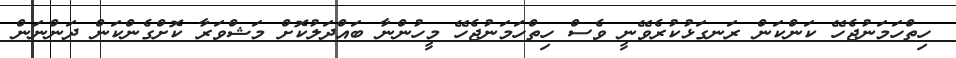
ހިތްހަމަނުޖެހޭ ކަންކަން ރަނގަޅުކުރެވޭނީ ވެސް ހިތްހަމަނުޖެހޭ މީހުންނާ ބައްދަލުކޮށް މަޝްވަރާ ކޮށްގެންކަން ދަންނަން